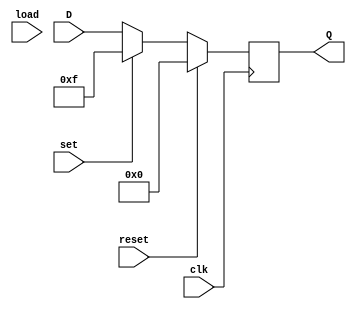
`timescale 1ns / 1ps
//////////////////////////////////////////////////////////////////////////////////
// Company: 
// Engineer: 
// 
// Design Name: 
// Module Name: register_sync_reset_load
// Project Name: 
// Target Devices: 
// Tool Versions: 
// Description: 
// 
// Dependencies: 
// 
// Revision:
// Revision 0.01 - File Created
// Additional Comments:
// 
//////////////////////////////////////////////////////////////////////////////////


module register_sync_reset_load(
    input [3:0] D,
    input clk,reset,load,set,
    output reg [3:0] Q
    );

always @(posedge clk)

    if (reset) Q <= 4'b0000; 
    else if (set) Q <= 4'hF;
    else  Q <= D; 

endmodule